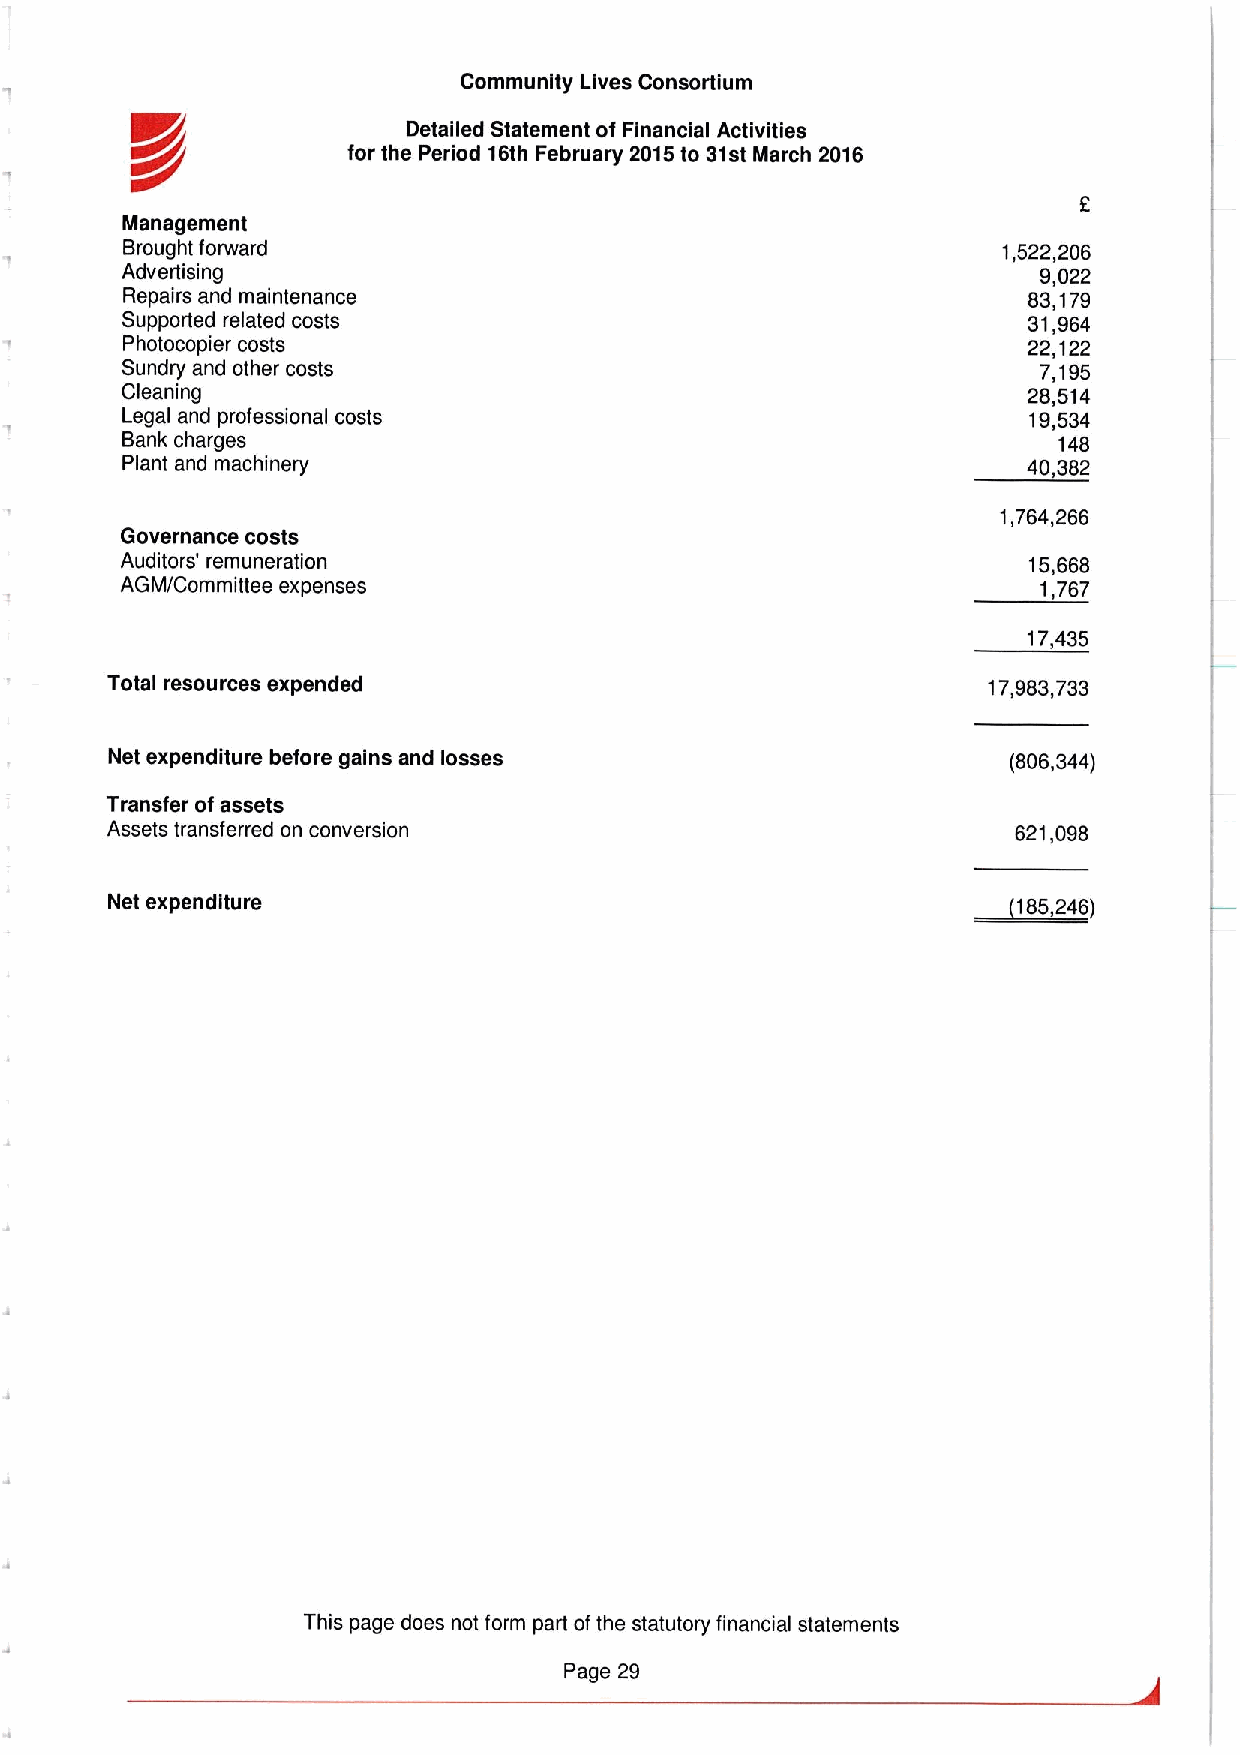
Community Lives Consortium
 Detailed Statement of Financial Activities
 K/p
 for the Period 16th February 2015to 31st March 2016
 Management
 Brought forward                                           1,522,206
 Advertising                                                  9,022
 Repairs and maintenance                                     83,179
 Supported related costs                                     31,964
 Photocopier costs                                           22,122
 Sundry and other costs                                       7,195
 Cleaning                                                    28,514
 Legal and professional costs                                19,534
 Bank charges                                                  148
 Plant and machinery                                         40,382
 1,764,266
 Governance costs
 Auditors' remuneration                                      15,668
 AGM/Committee expenses                                       1,767
 17,435
 Total resources expended                                  17,983,733
 Net expenditure before gains and losses                     I806,344)
 Transfer of assets
 Assets transferred on conversion                            621,098
 Net expenditure                                          ~185, 246I
 This page does not form part ofthe statutory financial statements
 Page 29